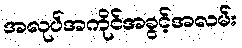
အလုပ်အကိုင်အခွင့်အလမ်း